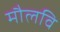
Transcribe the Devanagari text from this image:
मौलवि